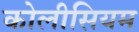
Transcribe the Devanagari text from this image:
कोलीसियम